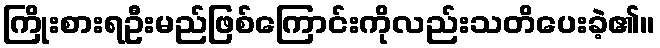
ကြိုးစားရဦးမည်ဖြစ်ကြောင်းကိုလည်းသတိပေးခဲ့၏။